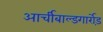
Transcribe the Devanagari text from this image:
आर्चीबाल्डगार्रोड़